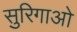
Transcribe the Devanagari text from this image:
सुरिगाओ